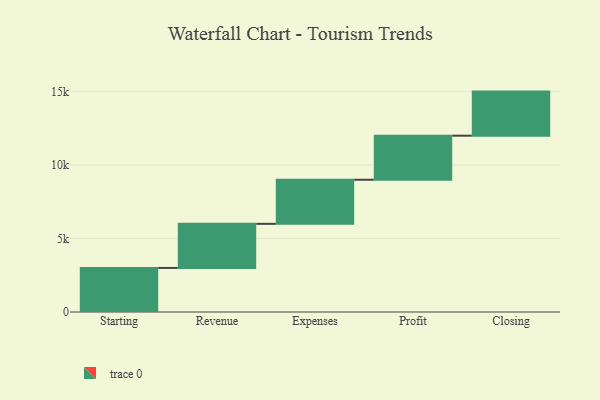
{"axis": {"x": "Step", "y": "Value"}, "legend": [""], "data": [{"x": "Starting", "y": 3000, "type": ""}, {"x": "Revenue", "y": 3000, "type": ""}, {"x": "Expenses", "y": 3000, "type": ""}, {"x": "Profit", "y": 3000, "type": ""}, {"x": "Closing", "y": 3000, "type": ""}]}